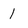
Character: 1